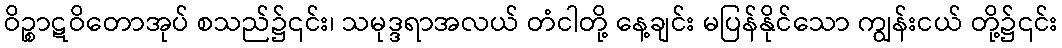
ဝိဉ္စာဋဝိတောအုပ် စသည်၌၎င်း၊ သမုဒ္ဒရာအလယ် တံငါတို့ နေ့ချင်း မပြန်နိုင်သော ကျွန်းငယ် တို့၌၎င်း